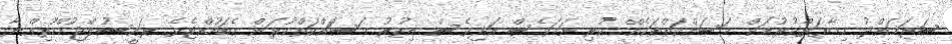
ސަރަޙައްދު ޙިމާޔަތްކުރުމަށް މަސައްކަތްތަކެއް ކުރި ނަމަވެސް އަދިވެސް އިތުރު މަސަައްކަތްކުރަން އެބަހުއްޓެވެ. ރައީސުލްޖުމްހޫރިއްޔާ